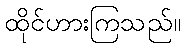
ထိုင်ဟားကြသည်။